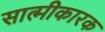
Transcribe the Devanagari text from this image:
सात्मीकारक